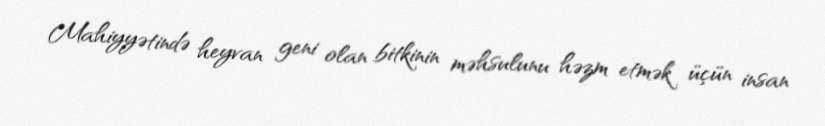
Mahiyyətində heyvan geni olan bitkinin məhsulunu həzm etmək üçün insan